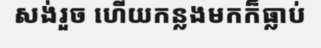
សង់រួច ហើយកន្លងមកក៏ធ្លាប់